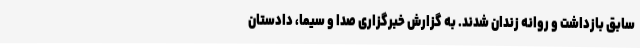
سابق بازداشت و روانه زندان شدند. به گزارش خبرگزاری صدا و سیما، دادستان